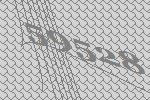
59528